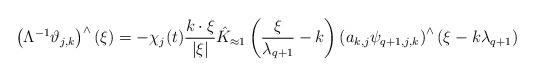
LaTeX: \begin{align*}\left(\Lambda^{-1} \vartheta_{j,k} \right)^\wedge(\xi)&= - \chi_j(t) \frac{k \cdot \xi}{|\xi|} \hat K_{\approx 1}\left(\frac{\xi}{\lambda_{q+1}} - k\right) \left( a_{k,j} \psi_{q+1,j,k}\right)^\wedge (\xi - k\lambda_{q+1})\end{align*}